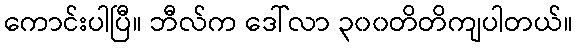
ကောင်းပါပြီ။ ဘီလ်က ဒေါ်လာ ၃၀၀တိတိကျပါတယ်။